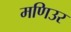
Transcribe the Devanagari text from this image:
मणिउर